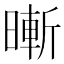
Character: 𣊙